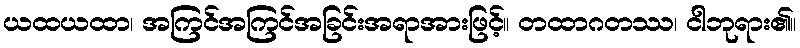
ယထယထာ၊ အကြင်အကြင်အခြင်းအရာအားဖြင့်။ တထာဂတဿ၊ ငါဘုရား၏။